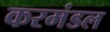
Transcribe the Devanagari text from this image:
करमंडल